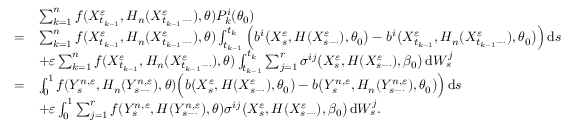
\begin{array} { r l } & { \sum _ { k = 1 } ^ { n } f ( X _ { t _ { k - 1 } } ^ { \varepsilon } , H _ { n } ( X _ { t _ { k - 1 } - \cdot } ^ { \varepsilon } ) , \theta ) P _ { k } ^ { i } ( \theta _ { 0 } ) } \\ { = } & { \sum _ { k = 1 } ^ { n } f ( X _ { t _ { k - 1 } } ^ { \varepsilon } , H _ { n } ( X _ { t _ { k - 1 } - \cdot } ^ { \varepsilon } ) , \theta ) \int _ { t _ { k - 1 } } ^ { t _ { k } } \Big ( b ^ { i } \big ( X _ { s } ^ { \varepsilon } , H ( X _ { s - \cdot } ^ { \varepsilon } ) , \theta _ { 0 } \big ) - b ^ { i } \big ( X _ { t _ { k - 1 } } ^ { \varepsilon } , H _ { n } ( X _ { t _ { k - 1 } - \cdot } ^ { \varepsilon } ) , \theta _ { 0 } \big ) \Big ) \, \mathrm { d } s } \\ & { + \varepsilon \sum _ { k = 1 } ^ { n } f ( X _ { t _ { k - 1 } } ^ { \varepsilon } , H _ { n } ( X _ { t _ { k - 1 } - \cdot } ^ { \varepsilon } ) , \theta ) \int _ { t _ { k - 1 } } ^ { t _ { k } } \sum _ { j = 1 } ^ { r } \sigma ^ { i j } \big ( X _ { s } ^ { \varepsilon } , H ( X _ { s - \cdot } ^ { \varepsilon } ) , \beta _ { 0 } \big ) \, \mathrm { d } W _ { s } ^ { j } } \\ { = } & { \int _ { 0 } ^ { 1 } f ( Y _ { s } ^ { n , \varepsilon } , H _ { n } ( Y _ { s - \cdot } ^ { n , \varepsilon } ) , \theta ) \Big ( b \big ( X _ { s } ^ { \varepsilon } , H ( X _ { s - \cdot } ^ { \varepsilon } ) , \theta _ { 0 } \big ) - b \big ( Y _ { s } ^ { n , \varepsilon } , H _ { n } ( Y _ { s - \cdot } ^ { n , \varepsilon } ) , \theta _ { 0 } \big ) \Big ) \, \mathrm { d } s } \\ & { + \varepsilon \int _ { 0 } ^ { 1 } \sum _ { j = 1 } ^ { r } f ( Y _ { s } ^ { n , \varepsilon } , H ( Y _ { s - \cdot } ^ { n , \varepsilon } ) , \theta ) \sigma ^ { i j } \big ( X _ { s } ^ { \varepsilon } , H ( X _ { s - \cdot } ^ { \varepsilon } ) , \beta _ { 0 } \big ) \, \mathrm { d } W _ { s } ^ { j } . } \end{array}